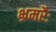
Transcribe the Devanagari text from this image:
भ्रमरैः